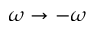
\omega \to - \omega